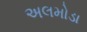
અલમોડા